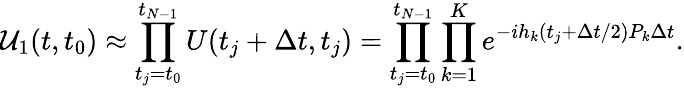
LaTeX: \mathcal{U}_{1}(t,t_{0})\approx\prod_{t_{j}=t_{0}}^{t_{N-1}}U(t_{j}+\Delta t,t_{j})=\prod_{t_{j}=t_{0}}^{t_{N-1}}\prod_{k=1}^{K}e^{-ih_{k}(t_{j}+\Delta t/2)P_{k}\Delta t}.